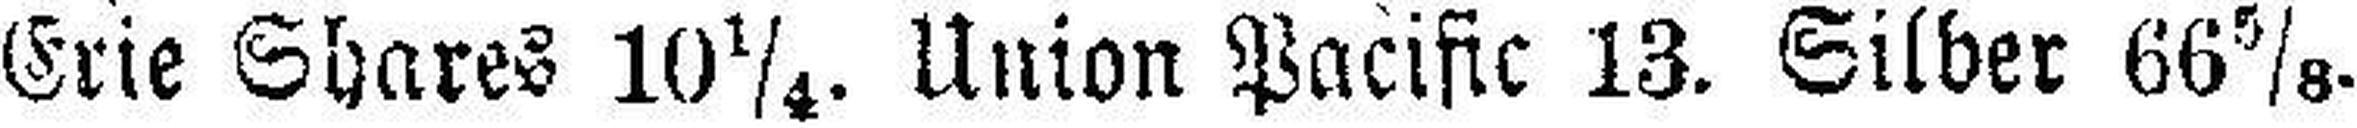
Erie Shares 10¼. Union Pacific 13. Silber 66⅝.